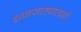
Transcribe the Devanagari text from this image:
इंधनसाठ्यालाही